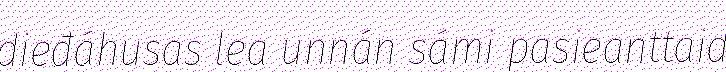
dieđáhusas lea unnán sámi pasieanttaid